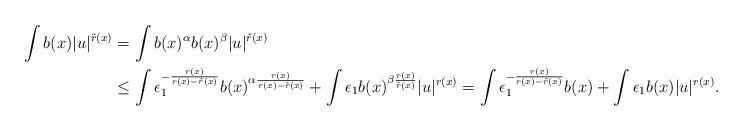
LaTeX: \begin{align*} \int b(x)|u|^{\tilde{r}(x)} &= \int b(x)^\alpha b(x)^\beta |u|^{\tilde{r}(x)} \\&\leq \int \epsilon_1^{-\frac{r(x)}{r(x)-\tilde{r}(x)}} b(x)^{\alpha \frac{r(x)}{r(x) - \tilde{r}(x)}} + \int \epsilon_1 b(x)^{\beta \frac{r(x)}{\tilde{r}(x)}} |u|^{r(x)} = \int \epsilon_1^{-\frac{r(x)}{r(x)-\tilde{r}(x)}} b(x) + \int \epsilon_1 b(x) |u|^{r(x)}.\end{align*}